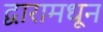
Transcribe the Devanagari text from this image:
द्वारामधून